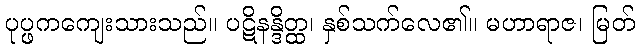
ပုပ္ဖကကျေးသားသည်။ ပဋိနန္ဒိတ္ထ၊ နှစ်သက်လေ၏။ မဟာရာဇ၊ မြတ်